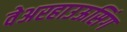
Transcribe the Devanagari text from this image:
वेअरहाउऊसिंग